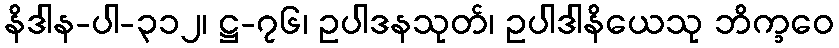
နိဒါန-ပါ-၃၁၂၊ ဋ္ဌ-၇၆၊ ဥပါဒနသုတ်၊ ဥပါဒါနိယေသု ဘိက္ခဝေ